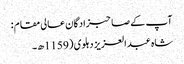
آپ کے صاحبزادگان عالی مقام :
شاہ عبد العزیز دہلوی ( 1159ھ۔